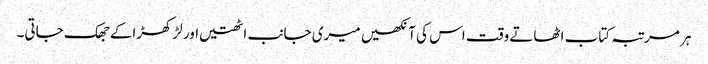
ہر مرتبہ کتاب اٹھاتے وقت اس کی آنکھیں میری جانب اٹھتیں اور لڑکھڑاکے جھک جاتی۔